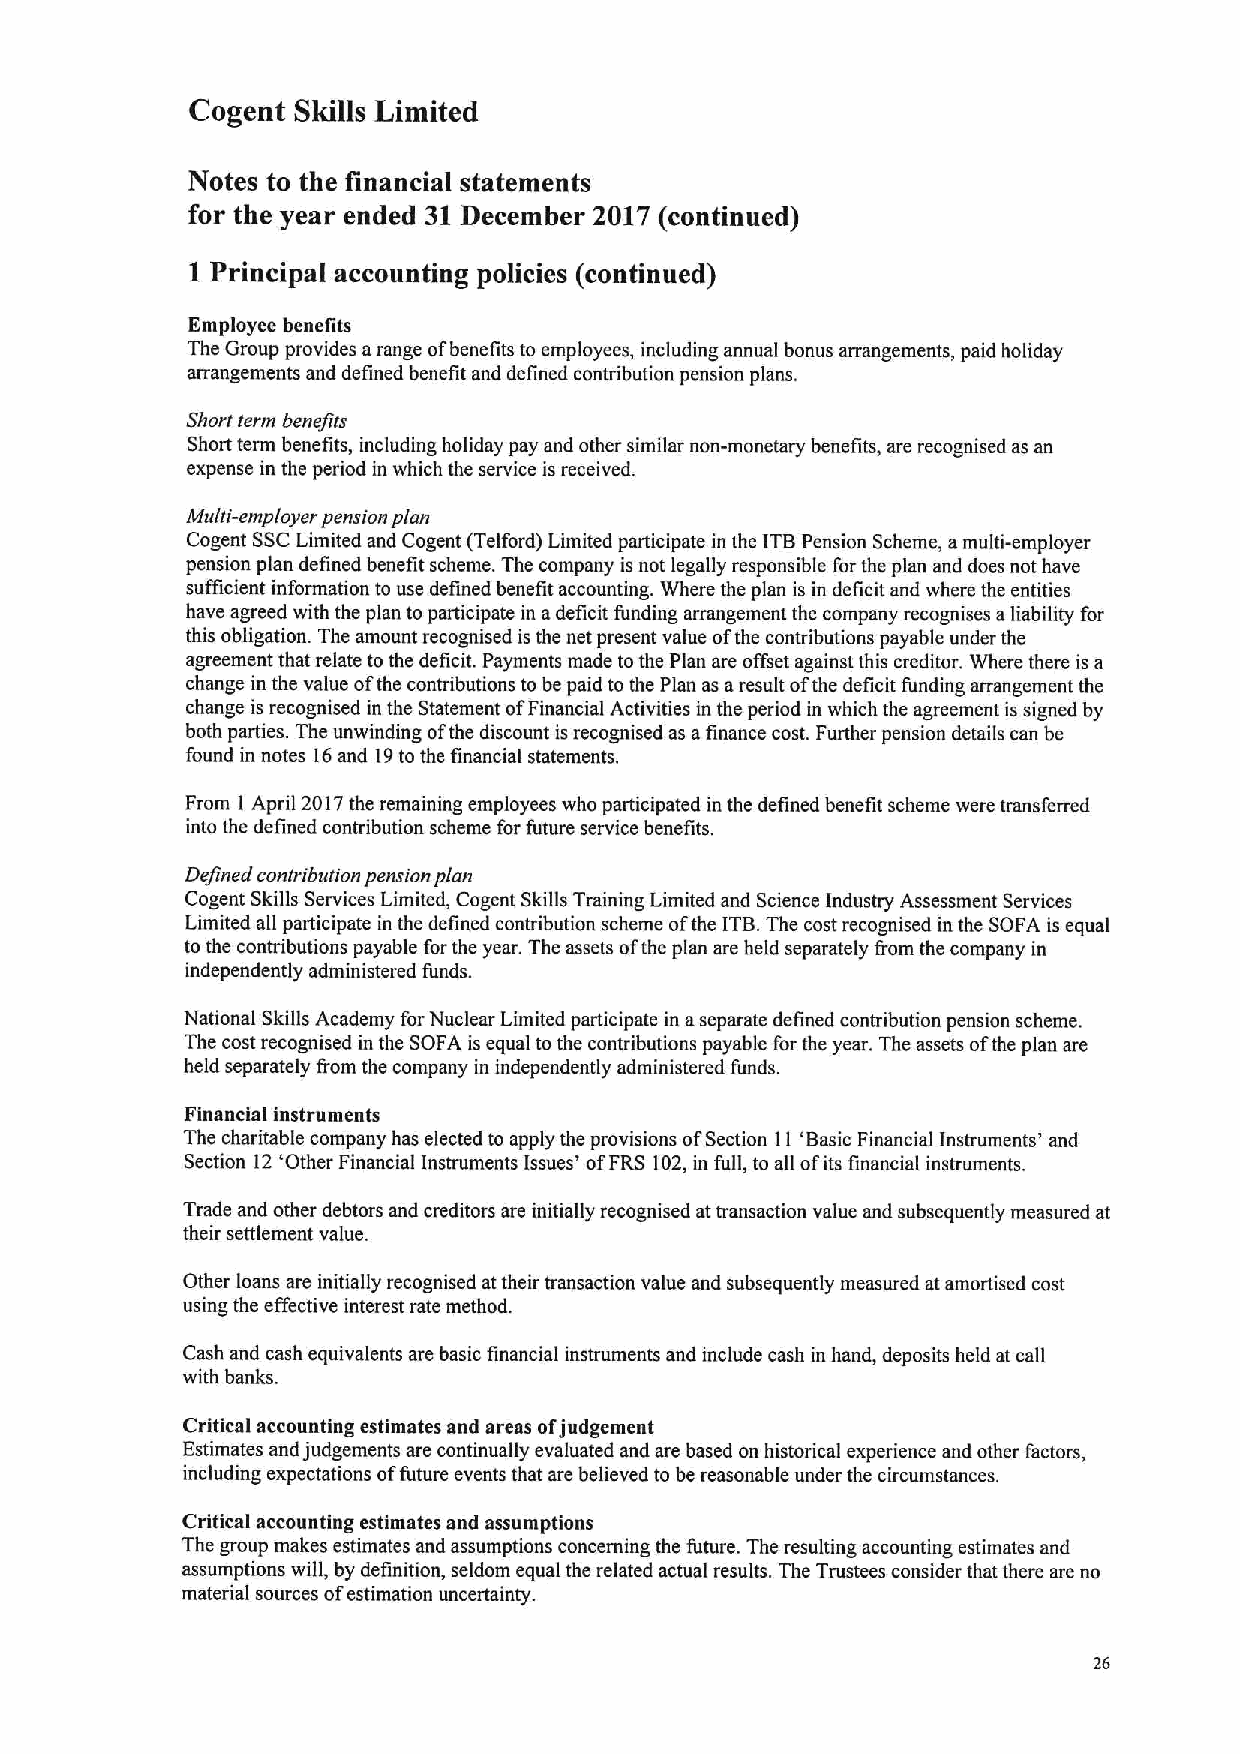
Cogent Skills Limited
 Notes to the financial statements
 for the year ended 31December 2017 (continued)
 1 Principal accounting policies (continued)
 Employee benefits
 The Group provides arange ofbenefits to employees, including annual bonus arrangements, paid holiday
 arrangements and defined benefit and defined contribution pension plans.
 Short term benefits
 Short term benefits, including holiday pay and other similar non-monetary benefits, are recognised as an
 expense in the period in which the service isreceived.
 Multi-employer pension plan
 Cogent SSCLimited and Cogent (Telford) Limited participate in the ITBPension Scheme, amulti-employer
 pension plan defined benefit scheme. The company is not legally responsible forthe plan and does not have
 sufficient information to use defined benefit accounting. Where the plan is in deficit and where the entities
 have agreed with the plan toparticipate in adeficit funding arrangement the company recognises aliability for
 this obligation. The amount recognised isthe net present value ofthe contributions payable under the
 agreement that relate to the deficit. Payments made tothe Plan are offset against this creditor. Where there is a
 change in the value ofthe contributions tobe paid to the Plan as aresult ofthe deficit funding arrangement the
 change is recognised in the Statement ofFinancial Activities in the period in which the agreement is signed by
 both parties. The unwinding ofthe discount isrecognised as afinance cost. Further pension details can be
 found in notes 16and 19to the financial statements.
 From I April 2017the remaining employees who participated in the defined benefit scheme were transferred
 into the defined contribution scheme for future service benefits.
 Defined contribution pension plan
 Cogent Skills Services Limited, Cogent Skills Training Limited and Science Industry Assessment Services
 Limited all participate in the defined contribution scheme ofthe ITB.The costrecognised in the SOFA is equal
 to the contributions payable for the year. The assets ofthe plan are held separately &om the company in
 independently administered funds.
 National Skills Academy forNuclear Limited participate in aseparate defined contribution pension scheme.
 The cost recognised in the SOFA is equal to the contributions payable for the year. The assets ofthe plan are
 held separately from the company in independently administered funds.
 Financial instruments
 The charitable company has elected to apply the provisions ofSection 11'Basic Financial Instruments' and
 Section 12'Other Financial Instruments Issues' ofFRS 102,in full, to all ofits financial instruments.
 Trade and other debtors and creditors are initially recognised at transaction value and subsequently measured at
 their settlement value.
 Other loans are initially recognised attheir transaction value and subsequently measured at amortised cost
 using the effective interest rate method.
 Cash and cash equivalents are basic financial instruments and include cash in hand, deposits held atcall
 with banks.
 Critical accounting estimates and areas ofjudgement
 Estimates and judgements are continually evaluated and are based on historical experience and other factors,
 including expectations offuture events that are believed to be reasonable under the circumstances.
 Critical accounting estimates and assumptions
 The group makes estimates and assumptions concerning the future. The resulting accounting estimates and
 assumptions will, by definition, seldom equal the related actual results. The Trustees consider that there are no
 material sources ofestimation uncertainty.
 26